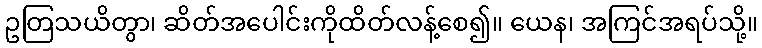
ဥတြသယိတွာ၊ ဆိတ်အပေါင်းကိုထိတ်လန့်စေ၍။ ယေန၊ အကြင်အရပ်သို့။